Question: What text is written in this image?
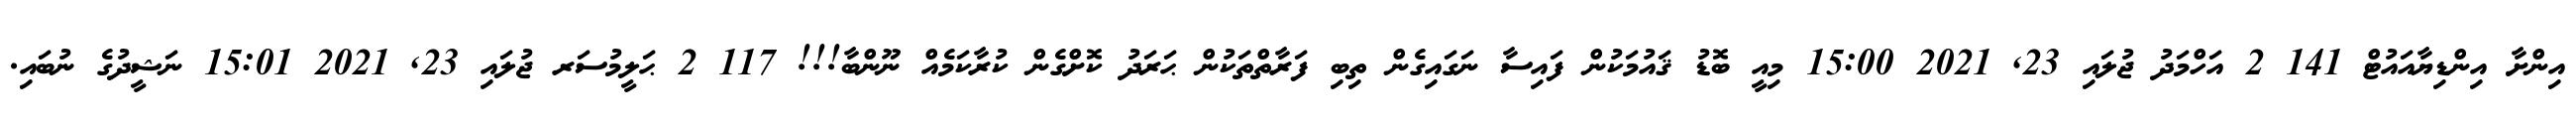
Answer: އިންށާ އިންޑިޔާއައުޓް 141 2 އަހްމަދު ޖުލައި 23, 2021 15:00 މިއީ ބޮޑު ޤައުމަކުން ފައިސާ ނަގައިގެން ތިބި ފަރާތްތަކުން ޙަރަދު ކޮށްގެން ކުރާކަމެއް ނޫންބާ!!! 117 2 ޙަލީމުސަރ ޖުލައި 23, 2021 15:01 ނަޝީދުގެ ނުބައި.